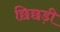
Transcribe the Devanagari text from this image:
छिछड़ी